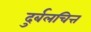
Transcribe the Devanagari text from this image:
दुर्बलचित्त